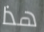
هذا